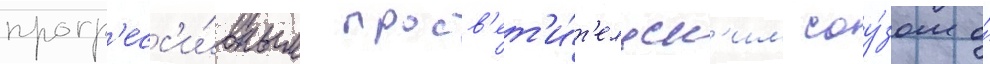
прогр'есс'и́вным просв'ет'и́т'ельск'им соу́зом о́